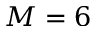
M = 6